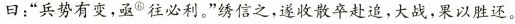
曰：”兵势有变，亟^{⑥}往必利。”绣信之，遂收散卒赴追，大战，果以胜还。